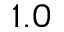
1 . 0